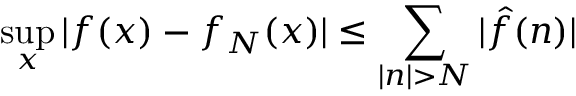
\operatorname* { s u p } _ { x } | f ( x ) - f _ { N } ( x ) | \leq \sum _ { | n | > N } | { \hat { f } } ( n ) |